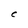
Character: C